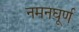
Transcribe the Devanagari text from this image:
नमनघूर्ण